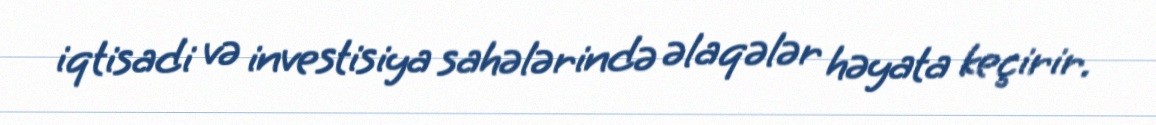
iqtisadi və investisiya sahələrində əlaqələr həyata keçirir.